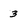
Character: 3